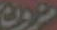
مزون